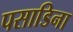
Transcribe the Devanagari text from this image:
पसाडिना